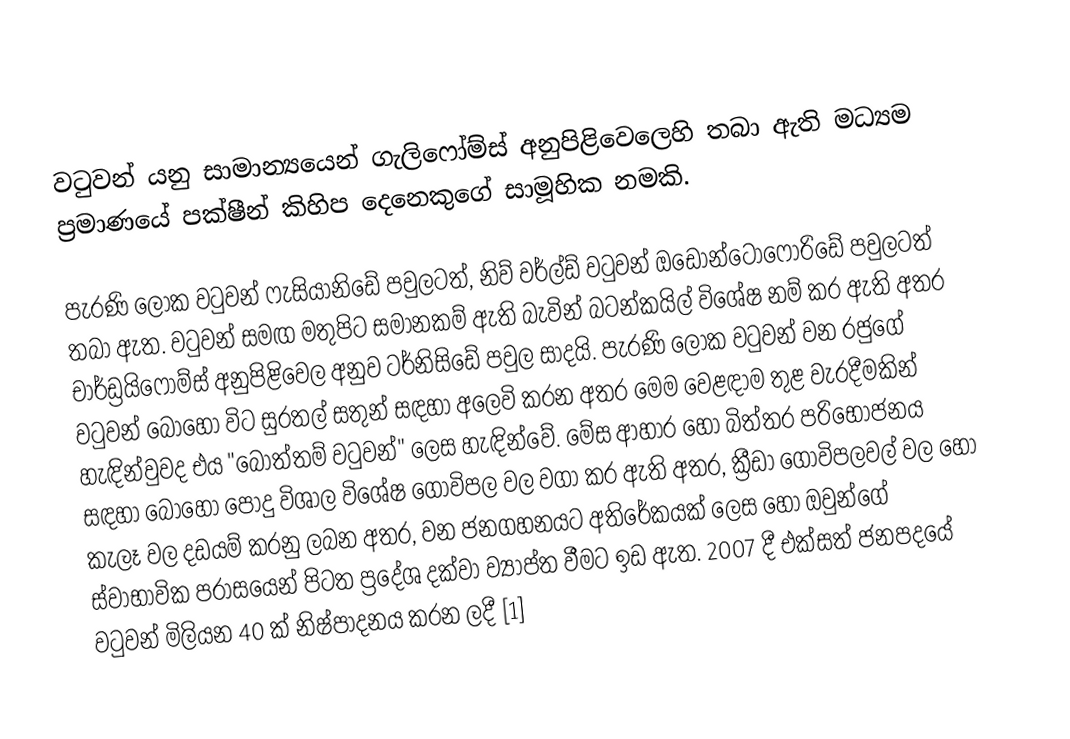
වටුවන් යනු සාමාන්‍යයෙන් ගැලිෆෝම්ස් අනුපිළිවෙලෙහි තබා ඇති මධ්‍යම ප්‍රමාණයේ පක්ෂීන් කිහිප දෙනෙකුගේ සාමූහික නමකි.

පැරණි ලෝක වටුවන් ෆැසියානිඩේ පවුලටත්, නිව් වර්ල්ඩ් වටුවන් ඔඩොන්ටොෆොරිඩේ පවුලටත් තබා ඇත. වටුවන් සමඟ මතුපිට සමානකම් ඇති බැවින් බටන්කයිල් විශේෂ නම් කර ඇති අතර චාර්ඩ්‍රයිෆෝම්ස් අනුපිළිවෙල අනුව ටර්නිසිඩේ පවුල සාදයි. පැරණි ලෝක වටුවන් වන රජුගේ වටුවන් බොහෝ විට සුරතල් සතුන් සඳහා අලෙවි කරන අතර මෙම වෙළඳාම තුළ වැරදීමකින් හැඳින්වුවද එය "බොත්තම් වටුවන්" ලෙස හැඳින්වේ. මේස ආහාර හෝ බිත්තර පරිභෝජනය සඳහා බොහෝ පොදු විශාල විශේෂ ගොවිපල වල වගා කර ඇති අතර, ක්‍රීඩා ගොවිපලවල් වල හෝ කැලෑ වල දඩයම් කරනු ලබන අතර, වන ජනගහනයට අතිරේකයක් ලෙස හෝ ඔවුන්ගේ ස්වාභාවික පරාසයෙන් පිටත ප්‍රදේශ දක්වා ව්‍යාප්ත වීමට ඉඩ ඇත. 2007 දී එක්සත් ජනපදයේ වටුවන් මිලියන 40 ක් නිෂ්පාදනය කරන ලදී [1]